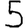
Digit: 5